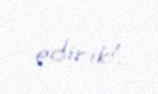
edirik!.